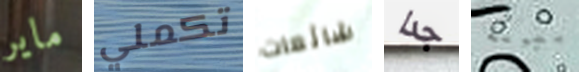
ماير تكملي شائعات جدا بطوله